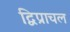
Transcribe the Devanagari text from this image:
द्विप्राचल